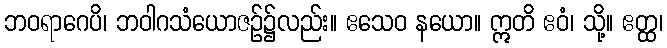
ဘဝရာဂေပိ၊ ဘဝါဂသံယောဇဉ်၌လည်း။ ဧသေဝ နယော။ ဣတိ ဧဝံ၊ သို့။ ဧတ္ထ၊